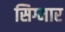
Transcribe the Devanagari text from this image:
सिग्मार